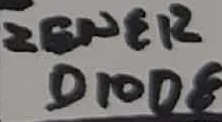
Text: ZENER DIODE